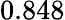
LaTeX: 0.848